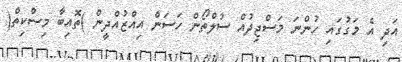
އަދި އެ މަގުގައި ހުންނަ މަސްޖިދުއް ސުލްތޯން ހަސަން އިއްޒުއްދީން )ތޮއިބާ މިސްކިތް(